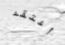
أعتقد